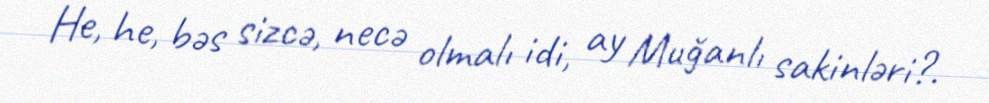
He, he, bəs sizcə, necə olmalı idi, ay Muğanlı sakinləri?.